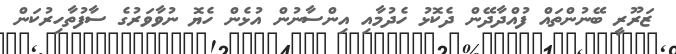
ޒަރޫރީ ބޭނުންތައް ފުއްދާދޭން ދެކޮޅު ހެދުމާއި އިންސާނުން އުޅެން ހެޔޮ ނުވާވަރުގެ ސާފުތާހިރުކަން